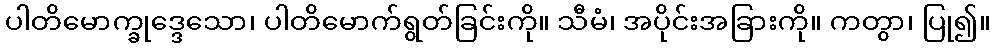
ပါတိမောက္ခုဒ္ဒေသော၊ ပါတိမောက်ရွတ်ခြင်းကို။ သီမံ၊ အပိုင်းအခြားကို။ ကတွာ၊ ပြု၍။